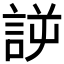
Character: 𰴲